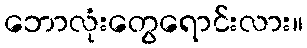
ဘောလုံးတွေရောင်းလား။